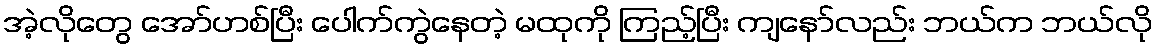
အဲ့လိုတွေ အော်ဟစ်ပြီး ပေါက်ကွဲနေတဲ့ မထုကို ကြည့်ပြီး ကျနော်လည်း ဘယ်က ဘယ်လို